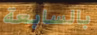
بالسابعة